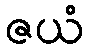
ဇယံ